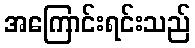
အကြောင်းရင်းသည်